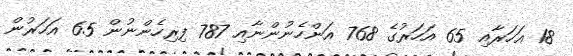
18 އަހަރާއި 65 އަހަރުގެ 768 އަންހެނުންނާއި 787 ފިރިހެންނުން 65 އަހަރުން